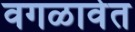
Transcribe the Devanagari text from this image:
वगळावेत